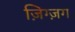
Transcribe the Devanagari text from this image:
ज़िग्ज़ग